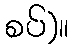
စပ်)။